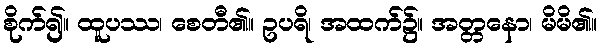
စိုက်၍။ ထူပဿ၊ စေတီ၏။ ဥပရိ၊ အထက်၌။ အတ္တနော၊ မိမိ၏။